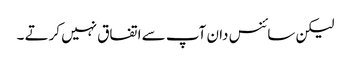
لیکن سائنس دان آپ سے اتفاق نہیں کرتے ۔